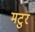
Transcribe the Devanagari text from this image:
मटुर